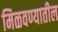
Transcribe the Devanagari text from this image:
मिळवण्यातील